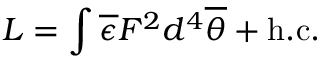
{ \cal L } = \int \overline { { { \epsilon } } } F ^ { 2 } d ^ { 4 } \overline { { { \theta } } } + \mathrm { h . c . }